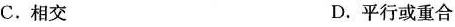
C.相交 D.平行或重合